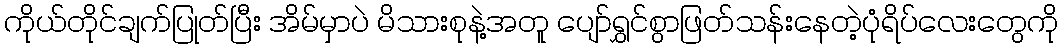
ကိုယ်တိုင်ချက်ပြုတ်ပြီး အိမ်မှာပဲ မိသားစုနဲ့အတူ ပျော်ရွှင်စွာဖြတ်သန်းနေတဲ့ပုံရိပ်လေးတွေကို